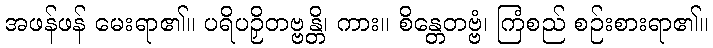
အဖန်ဖန် မေးရာ၏။ ပရိပဉှိတဗ္ဗန္တိ၊ ကား။ စိန္တေတဗ္ဗံ၊ ကြံစည် စဉ်းစားရာ၏။